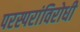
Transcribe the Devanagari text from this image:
परस्परांविरोधी